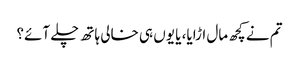
تم نے کچھ مال اڑایا، یا یوں ہی خالی ہاتھ چلے آئے؟